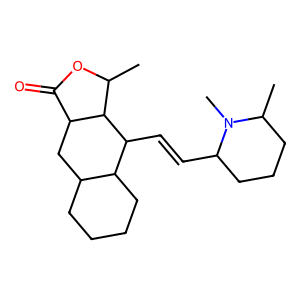
SMILES: CC1OC(=O)C2CC3CCCCC3C(C=CC3CCCC(C)N3C)C12
Inhibits HIV replication: No